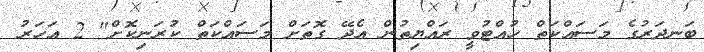
ބަނދަރުގެ މަސައްކަތް ހުއްޓުވީ ރައްޔިތުން އެދޭ ގޮތަށް މަސައްކަތް ކުރަނިކޮށް" 2 އަހަރު